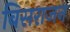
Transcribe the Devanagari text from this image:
बिसराजन